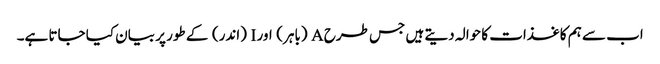
اب سے ہم کاغذات کا حوالہ دیتے ہیں جس طرح A (باہر) اور I (اندر) کے طور پر بیان کیا جاتا ہے۔